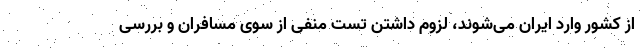
از کشور وارد ایران می‌شوند، لزوم داشتن تست منفی از سوی مسافران و بررسی